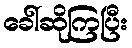
ခေါ်ဆိုကြပြီး